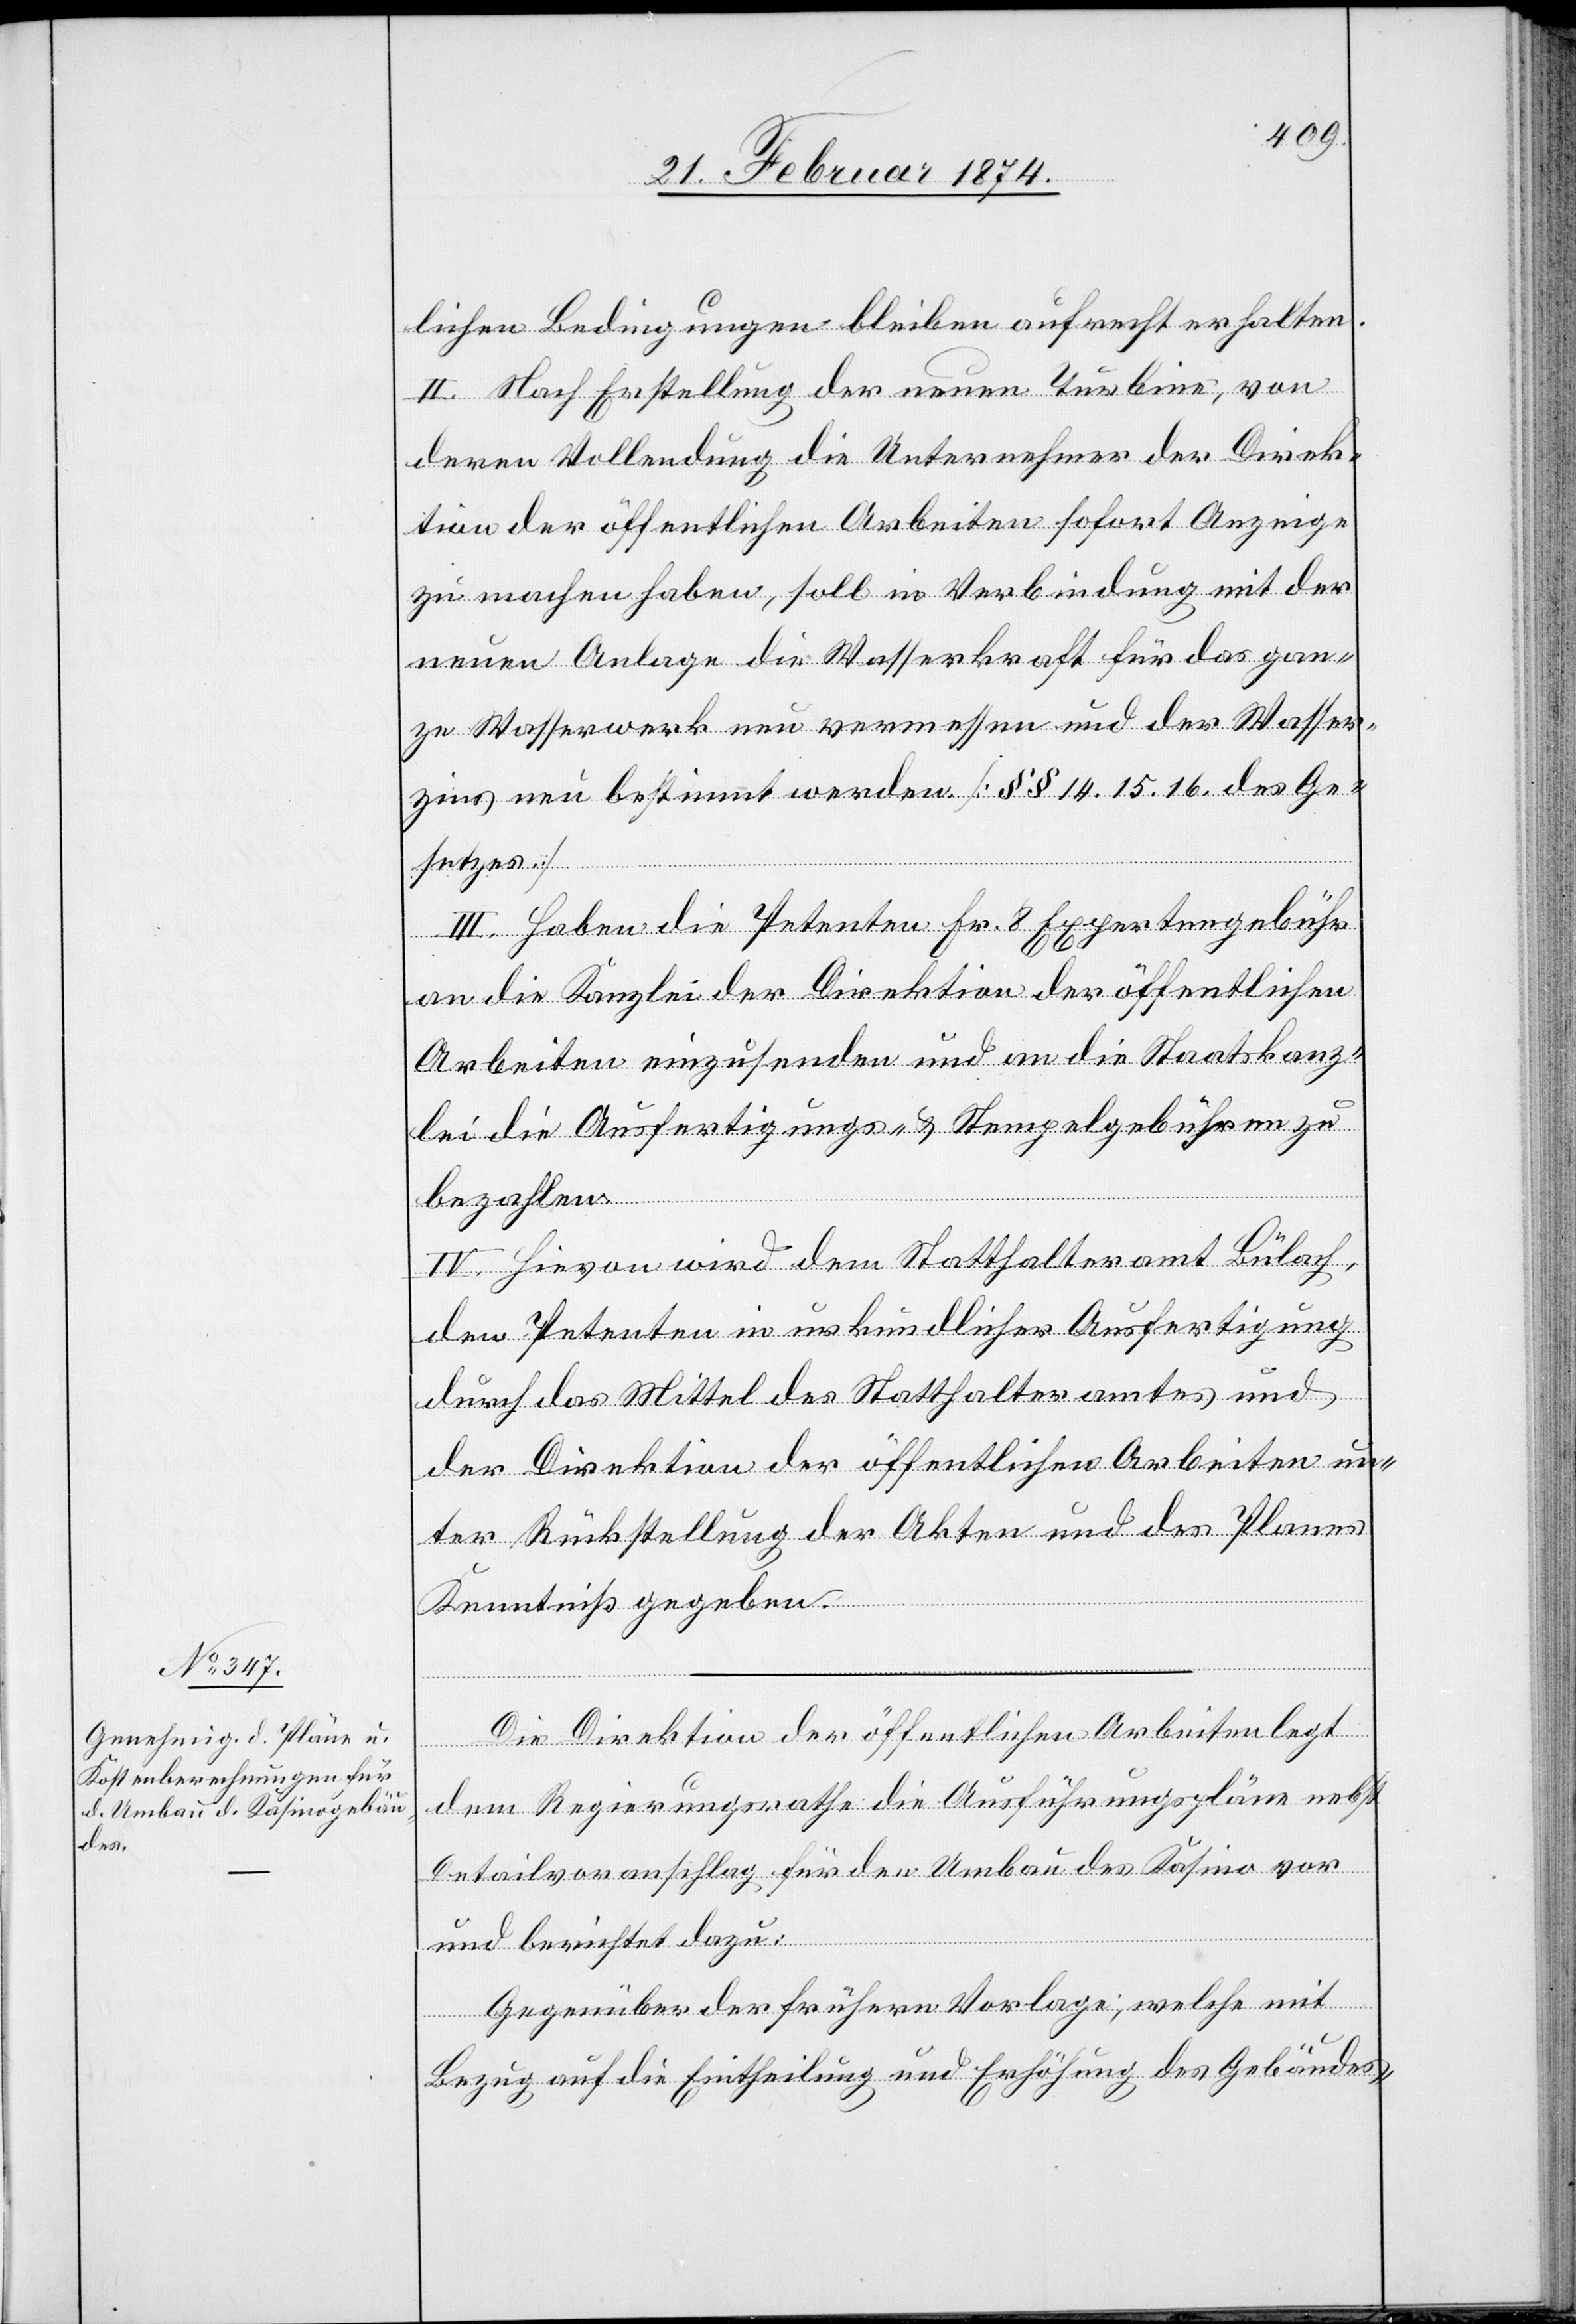
lichen Bedingungen bleiben aufrecht erhalten.
II. Nach Erstellung der neuen Turbine, von
deren Vollendung die Unternehmer der Direk¬
tion der öffentlichen Arbeiten sofort Anzeige
zu machen haben, soll in Verbindung mit der
neuen Anlage die Wasserkraft für das gan¬
ze Wasserwerk neu vermessen und der Wasser¬
zins neu bestimmt werden. [§§ 14.[,] 15.[,] 16 des Ge¬
setzes]
III. Haben die Petenten Fr. 8 Expertengebühr
an die Kanzlei der Direktion der öffentlichen
Arbeiten einzusenden und an die Staatskanz¬
lei die Ausfertigungs- u. Stempelgebühren zu
bezahlen.
IV. Hievon wird dem Statthalteramt Bülach,
den Petenten in urkundlicher Ausfertigung
durch das Mittel des Statthalteramtes und
der Direktion der öffentlichen Arbeiten un¬
ter Rückstellung der Akten und des Planes
Kenntniß gegeben.
Die Direktion der öffentlichen Arbeiten legt
dem Regierungsrathe die Ausführungspläne nebst
Detailvoranschlag für den Umbau des Kasino vor
und berichtet dazu:
Gegenüber der frühern Vorlage, welche mit
Bezug auf die Eintheilung und Erhöhung des Gebäudes